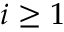
i \geq 1